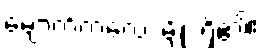
မျောက်ကလေး မျိုး ရှိ၏။